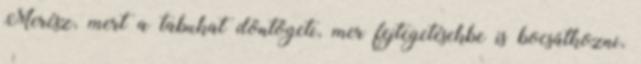
Merész, mert a tabukat döntögeti, mer fejtegetésekbe is bocsátkozni,